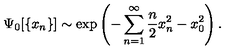
\Psi _ { 0 } [ \{ x _ { n } \} ] \sim \exp \left( - \sum _ { n = 1 } ^ { \infty } \frac { n } { 2 } x _ { n } ^ { 2 } - x _ { 0 } ^ { 2 } \right) .